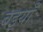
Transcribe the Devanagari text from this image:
बइयाँ